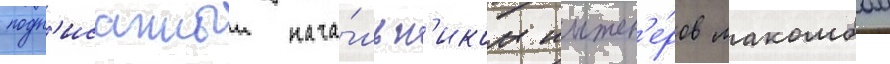
подп'исанныи нача́льн'иком инжен'е́ров макомбом